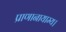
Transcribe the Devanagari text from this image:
प्राणानायाम्य।